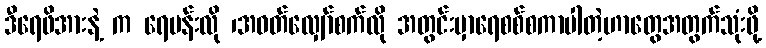
ဒီရေဖိအားနဲ့ က ရေပန်းလို ၊အဝတ်လျှော်စက်လို အတွင်းမှာရေစစ်စကာပါတဲ့ဟာတွေအတွက်သုံးဖို့